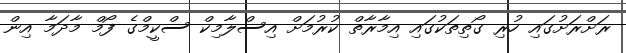
ރަށްރަށުގައި ހުރި ގޯތިތަކުގައި އިމާރާތް ކުރުމަށް އިސްލާމިކް ސްކީމްގެ ފޯމް މާދަމާ އިން